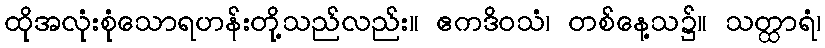
ထိုအလုံးစုံသောရဟန်းတို့သည်လည်း။ ဧကဒိဝသံ၊ တစ်နေ့သ၌။ သတ္ထာရံ၊